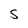
Character: S